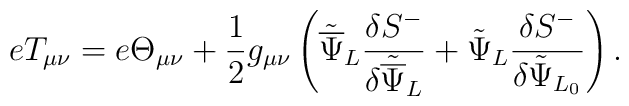
eT_{\mu\nu} = e\Theta_{\mu\nu} + \frac{1}{2}g_{\mu\nu}\left({\tilde{\overline\Psi}}_{L}\frac{\delta{S}^-}{\delta{\tilde{\overline\Psi}}_{L}} + {\tilde\Psi}_{L}\frac{\delta{S}^-}{\delta{\tilde\Psi}_{L_0}}\right).